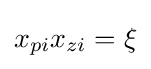
x_{pi}x_{zi}=\xi